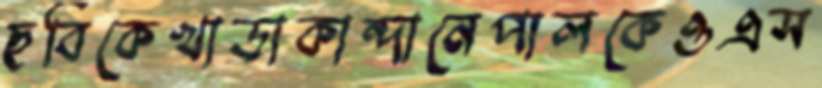
ছবিকেখাড়াকান্দানেপালকেওএস